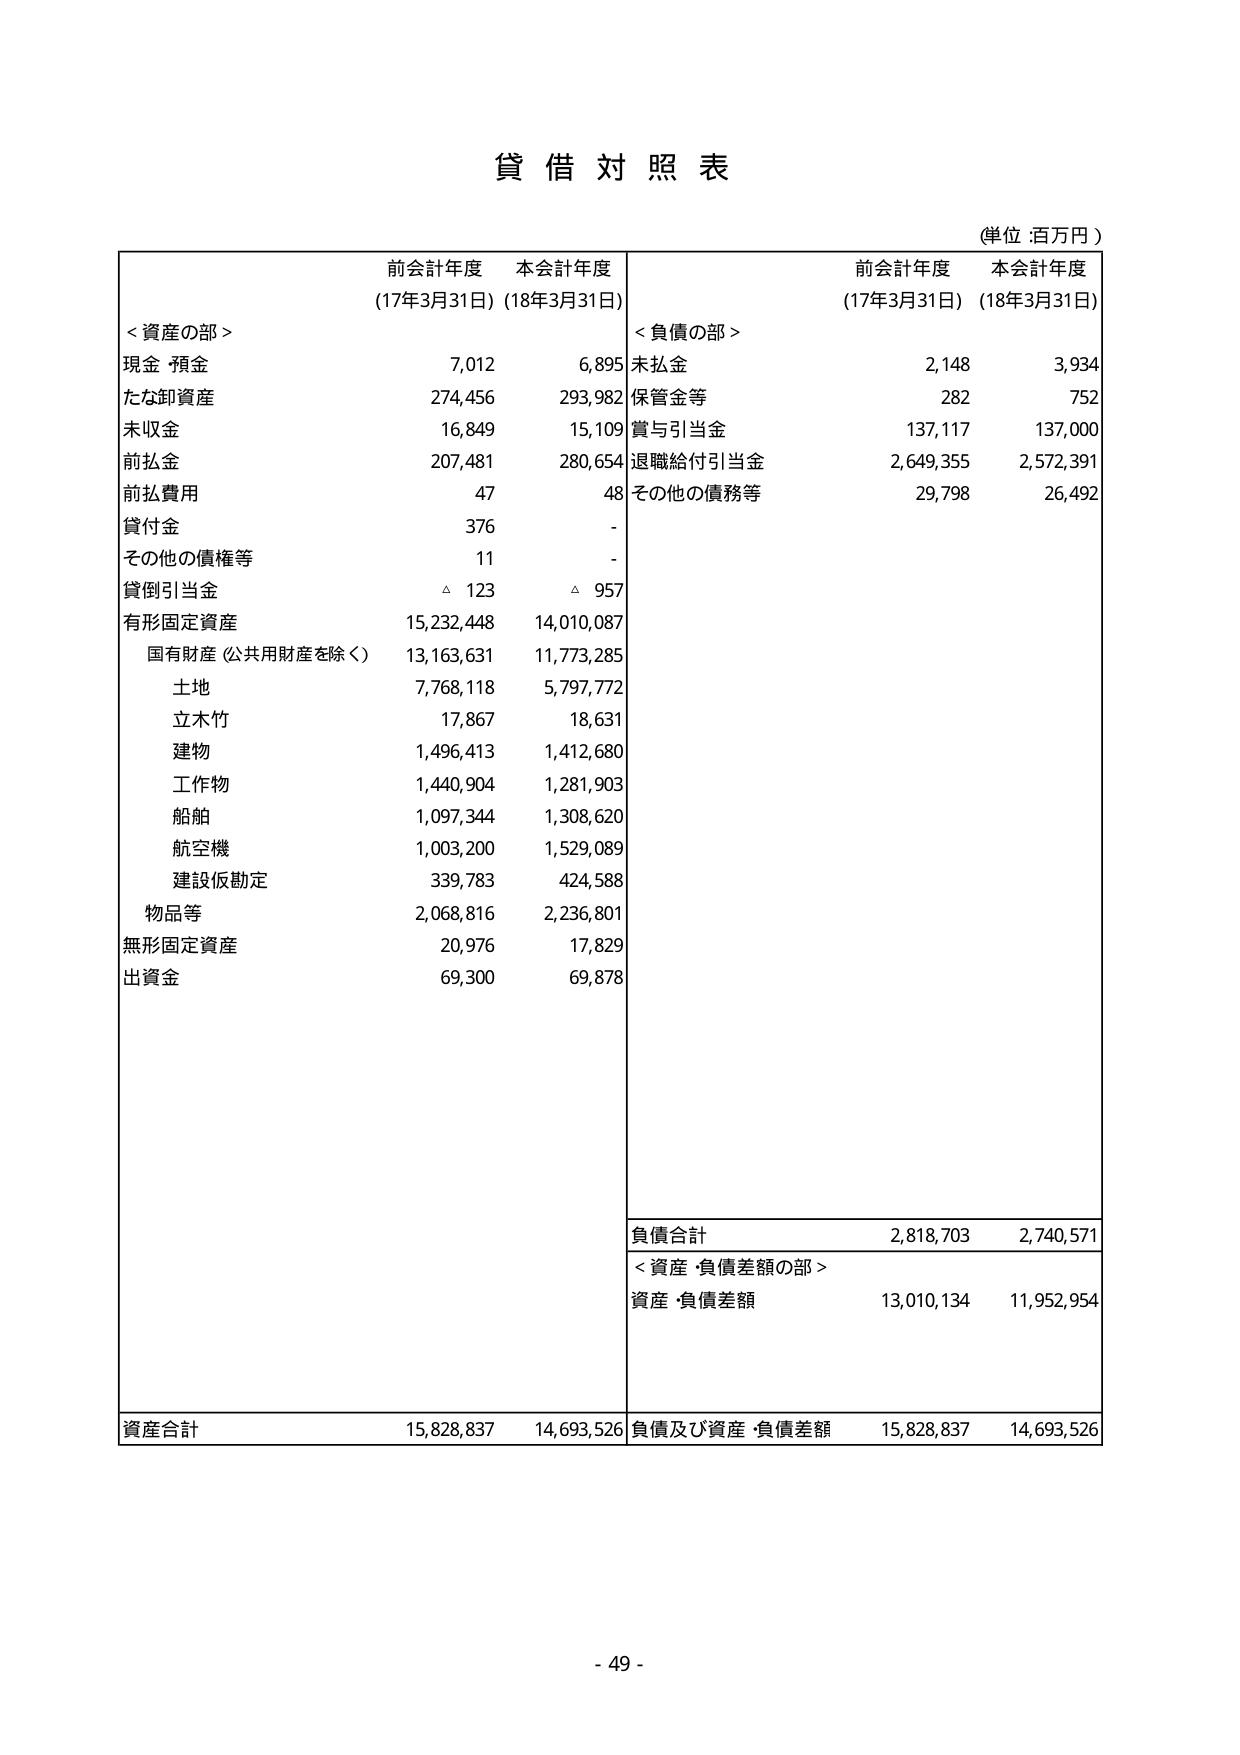
貸借対照表

(単位:百万円)

前会計年度 本会計年度
(17年3月31日) (18年3月31日)

＜資産の部＞
現金・預金 7,012 6,895
たな卸資産 274,456 293,982
未収金 16,849 15,109
前払金 207,481 280,654
前払費用 47 48
貸付金 376 -
その他の債権等 11 -
貸倒引当金 △ 123 △ 957
有形固定資産 15,232,448 14,010,087
　国有財産（公共用財産を除く） 13,163,631 11,773,285
　　土地 7,768,118 5,797,772
　　立木竹 17,867 18,631
　　建物 1,496,413 1,412,680
　　工作物 1,440,904 1,281,903
　　船舶 1,097,344 1,308,620
　　航空機 1,003,200 1,529,089
　　建設仮勘定 339,783 424,588
　物品等 2,068,816 2,236,801
無形固定資産 20,976 17,829
出資金 69,300 69,878

前会計年度 本会計年度
(17年3月31日) (18年3月31日)

＜負債の部＞
未払金 2,148 3,934
保管金等 282 752
賞与引当金 137,117 137,000
退職給付引当金 2,649,355 2,572,391
その他の債務等 29,798 26,492

負債合計 2,818,703 2,740,571

＜資産・負債差額の部＞
資産・負債差額 13,010,134 11,952,954

資産合計 15,828,837 14,693,526
負債及び資産・負債差額 15,828,837 14,693,526

- 49 -